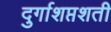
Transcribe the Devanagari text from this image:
दुर्गाशप्तशती